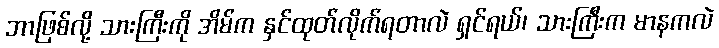
ဘာဖြစ်လို့ သားကြီးကို အိမ်က နှင်ထုတ်လိုက်ရတာလဲ ရှင်ရယ်၊ သားကြီးက မာနကလဲ